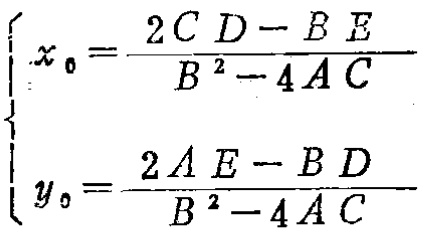
\[
\begin{cases}
x_{0}=\frac{2CD - BE}{B^{2}-4AC}\\
y_{0}=\frac{2AE - BD}{B^{2}-4AC}
\end{cases}
\]